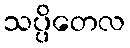
သပ္ပိတေလ